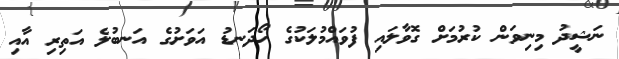
ނަޝީދު މިނިވަން ކުރުމަށް ގޮވާލައި ފުވައްމުލަކުގެ ހޯދަނޑު އަވަށުގެ އަނބުލެ އަތިރި އާއި